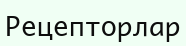
Рецепторлар